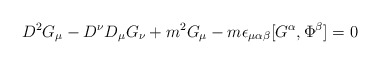
\begin{align*}D^2 G_\mu - D^\nu D_\mu G_\nu + m^2 G_\mu -m\epsilon_{\mu\alpha\beta}[G^\alpha,\Phi^\beta]=0\end{align*}